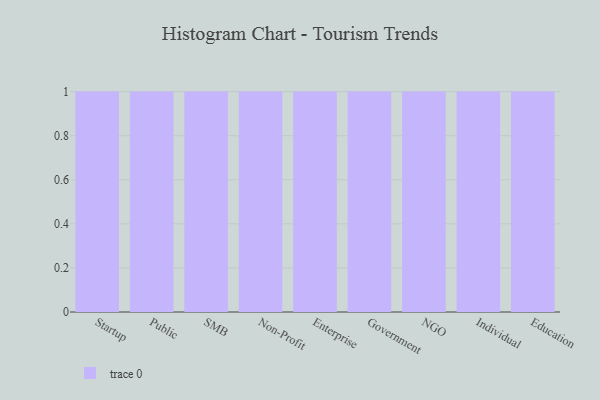
{"axis": {"x": "Segment", "y": "Population (Million)"}, "legend": [""], "data": [{"x": "Startup", "y": 38, "type": ""}, {"x": "Public", "y": 27, "type": ""}, {"x": "SMB", "y": 42, "type": ""}, {"x": "Non-Profit", "y": 71, "type": ""}, {"x": "Enterprise", "y": 16, "type": ""}, {"x": "Government", "y": 71, "type": ""}, {"x": "NGO", "y": 42, "type": ""}, {"x": "Individual", "y": 25, "type": ""}, {"x": "Education", "y": 92, "type": ""}]}